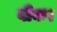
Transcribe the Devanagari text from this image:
वीक।